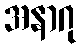
အနာဂု